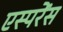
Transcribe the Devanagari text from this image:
एस्परेंस